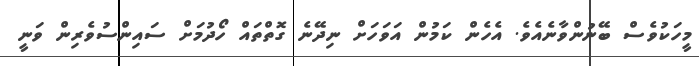
މީހަކުވެސް ބޭނުންވާނެއެވެ. އެހެން ކަމުން އަވަހަށް ނިދޭނެ ގޮތްތައް ހޯދުމަށް ސައިންސުވެރިން ވަނީ